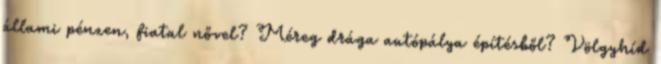
állami pénzen, fiatal nővel? Méreg drága autópálya építésből? Völgyhíd